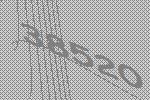
38520